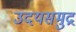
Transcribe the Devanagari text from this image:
उदयसमुद्र